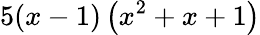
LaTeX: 5(x-1)\left(x^{2}+x+1\right)